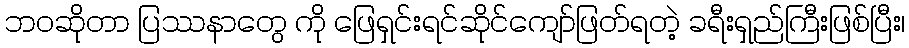
ဘဝဆိုတာ ပြဿနာတွေ ကို ဖြေရှင်းရင်ဆိုင်ကျော်ဖြတ်ရတဲ့ ခရီးရှည်ကြီးဖြစ်ပြီး၊